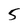
Character: 5